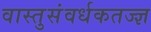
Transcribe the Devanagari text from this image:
वास्तुसंवर्धकतज्ज्ञ